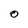
Character: 0